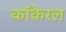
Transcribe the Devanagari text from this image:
कॉकेरल